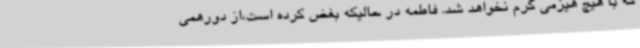
که با هیچ هیزمی گرم نخواهد شد. فاطمه در حالیکه بغض کرده است،از دورهمی